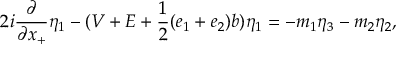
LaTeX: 2 i \frac { \partial } { \partial x _ { + } } { \eta } _ { 1 } - ( V + E + \frac { 1 } { 2 } ( e _ { 1 } + e _ { 2 } ) b ) { \eta } _ { 1 } = - m _ { 1 } { \eta } _ { 3 } - m _ { 2 } { \eta } _ { 2 } ,